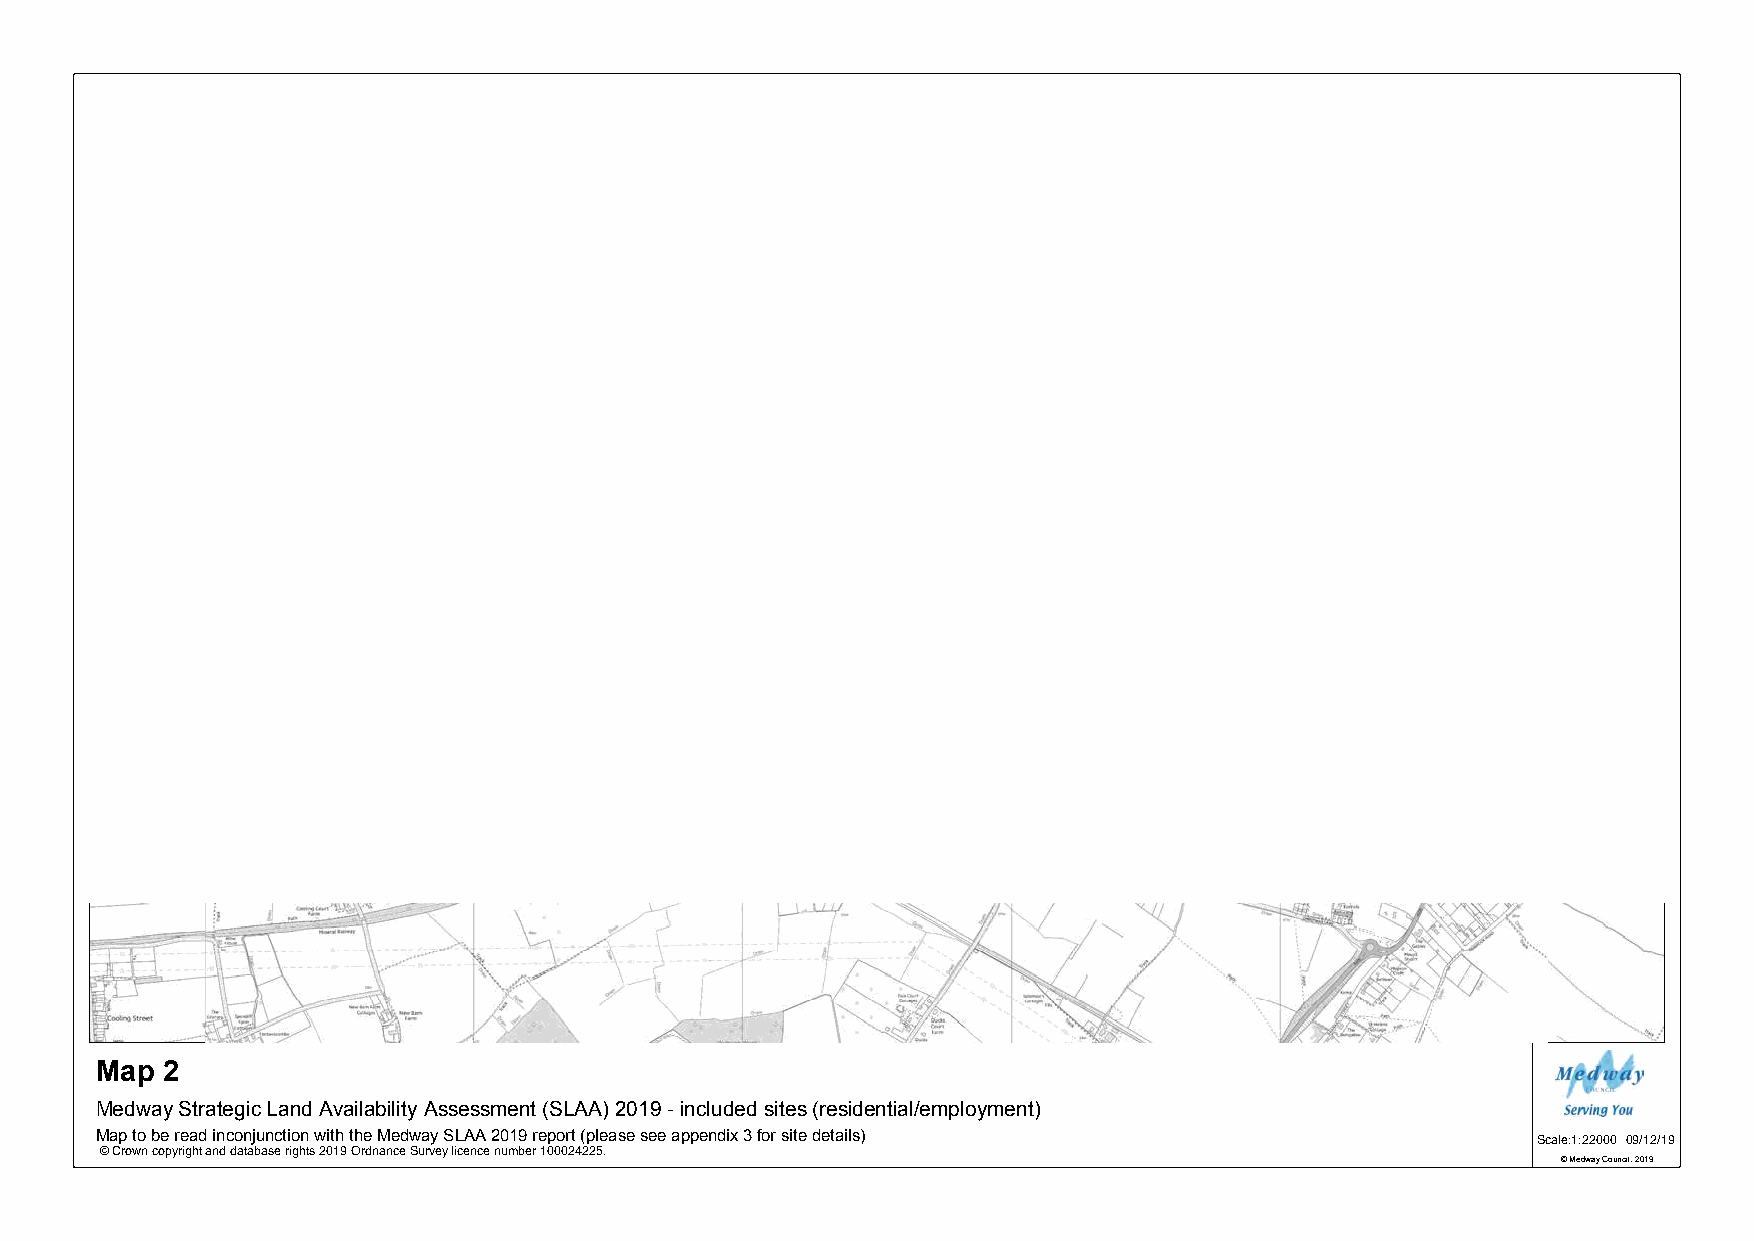
1363
 1113
 1252
 Map  2
 Medway Strategic Land Availability Assessment (SLAA) 2019 - included sites (residential/employment)
 Map to be read inconjunction with the Medway SLAA 2019 report (please see appendix 3 for site details) Scale:1:22000 09/12/19
 © Crown copyright and database rights 2019 Ordnance Survey licence number 100024225.
 © Medway Council, 2019